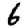
Digit: 6